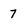
Character: 7